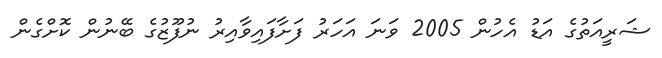
ޝަރީއަތުގެ އަޑު އެހުން 2005 ވަނަ އަހަރު ފަށާފައިވާއިރު ނުފޫޒުގެ ބޭނުން ކޮށްގެން